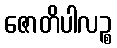
ဇောတိပါလဉ္စ